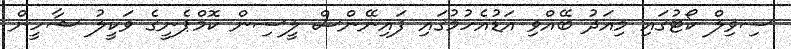
ސިވިލް ކޯޓުގައި މިއަދު ބޭއްވި އަޑުއެހުމުގައި ފައިނޭންސް ލީސިން ކޮމްޕެނީގެ ވަކީލު ޝާހީން